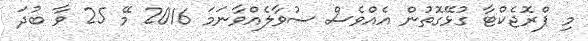
މި ޕްރޮޖެކްޓާ ގުޅޭގޮތުން އެއްވެސް ސުވާލެއްވާނަމަ 2016 މޭ 25 ވާ ބުދަ